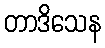
တာဒိသေန